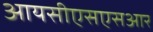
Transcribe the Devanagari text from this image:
आयसीएसएसआर